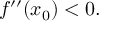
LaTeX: f ^ { \prime \prime } ( x _ { 0 } ) < 0 .